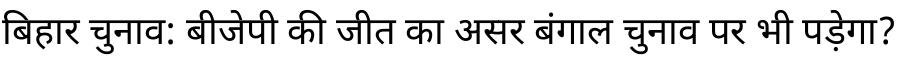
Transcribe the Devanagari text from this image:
बिहार चुनाव: बीजेपी की जीत का असर बंगाल चुनाव पर भी पड़ेगा?